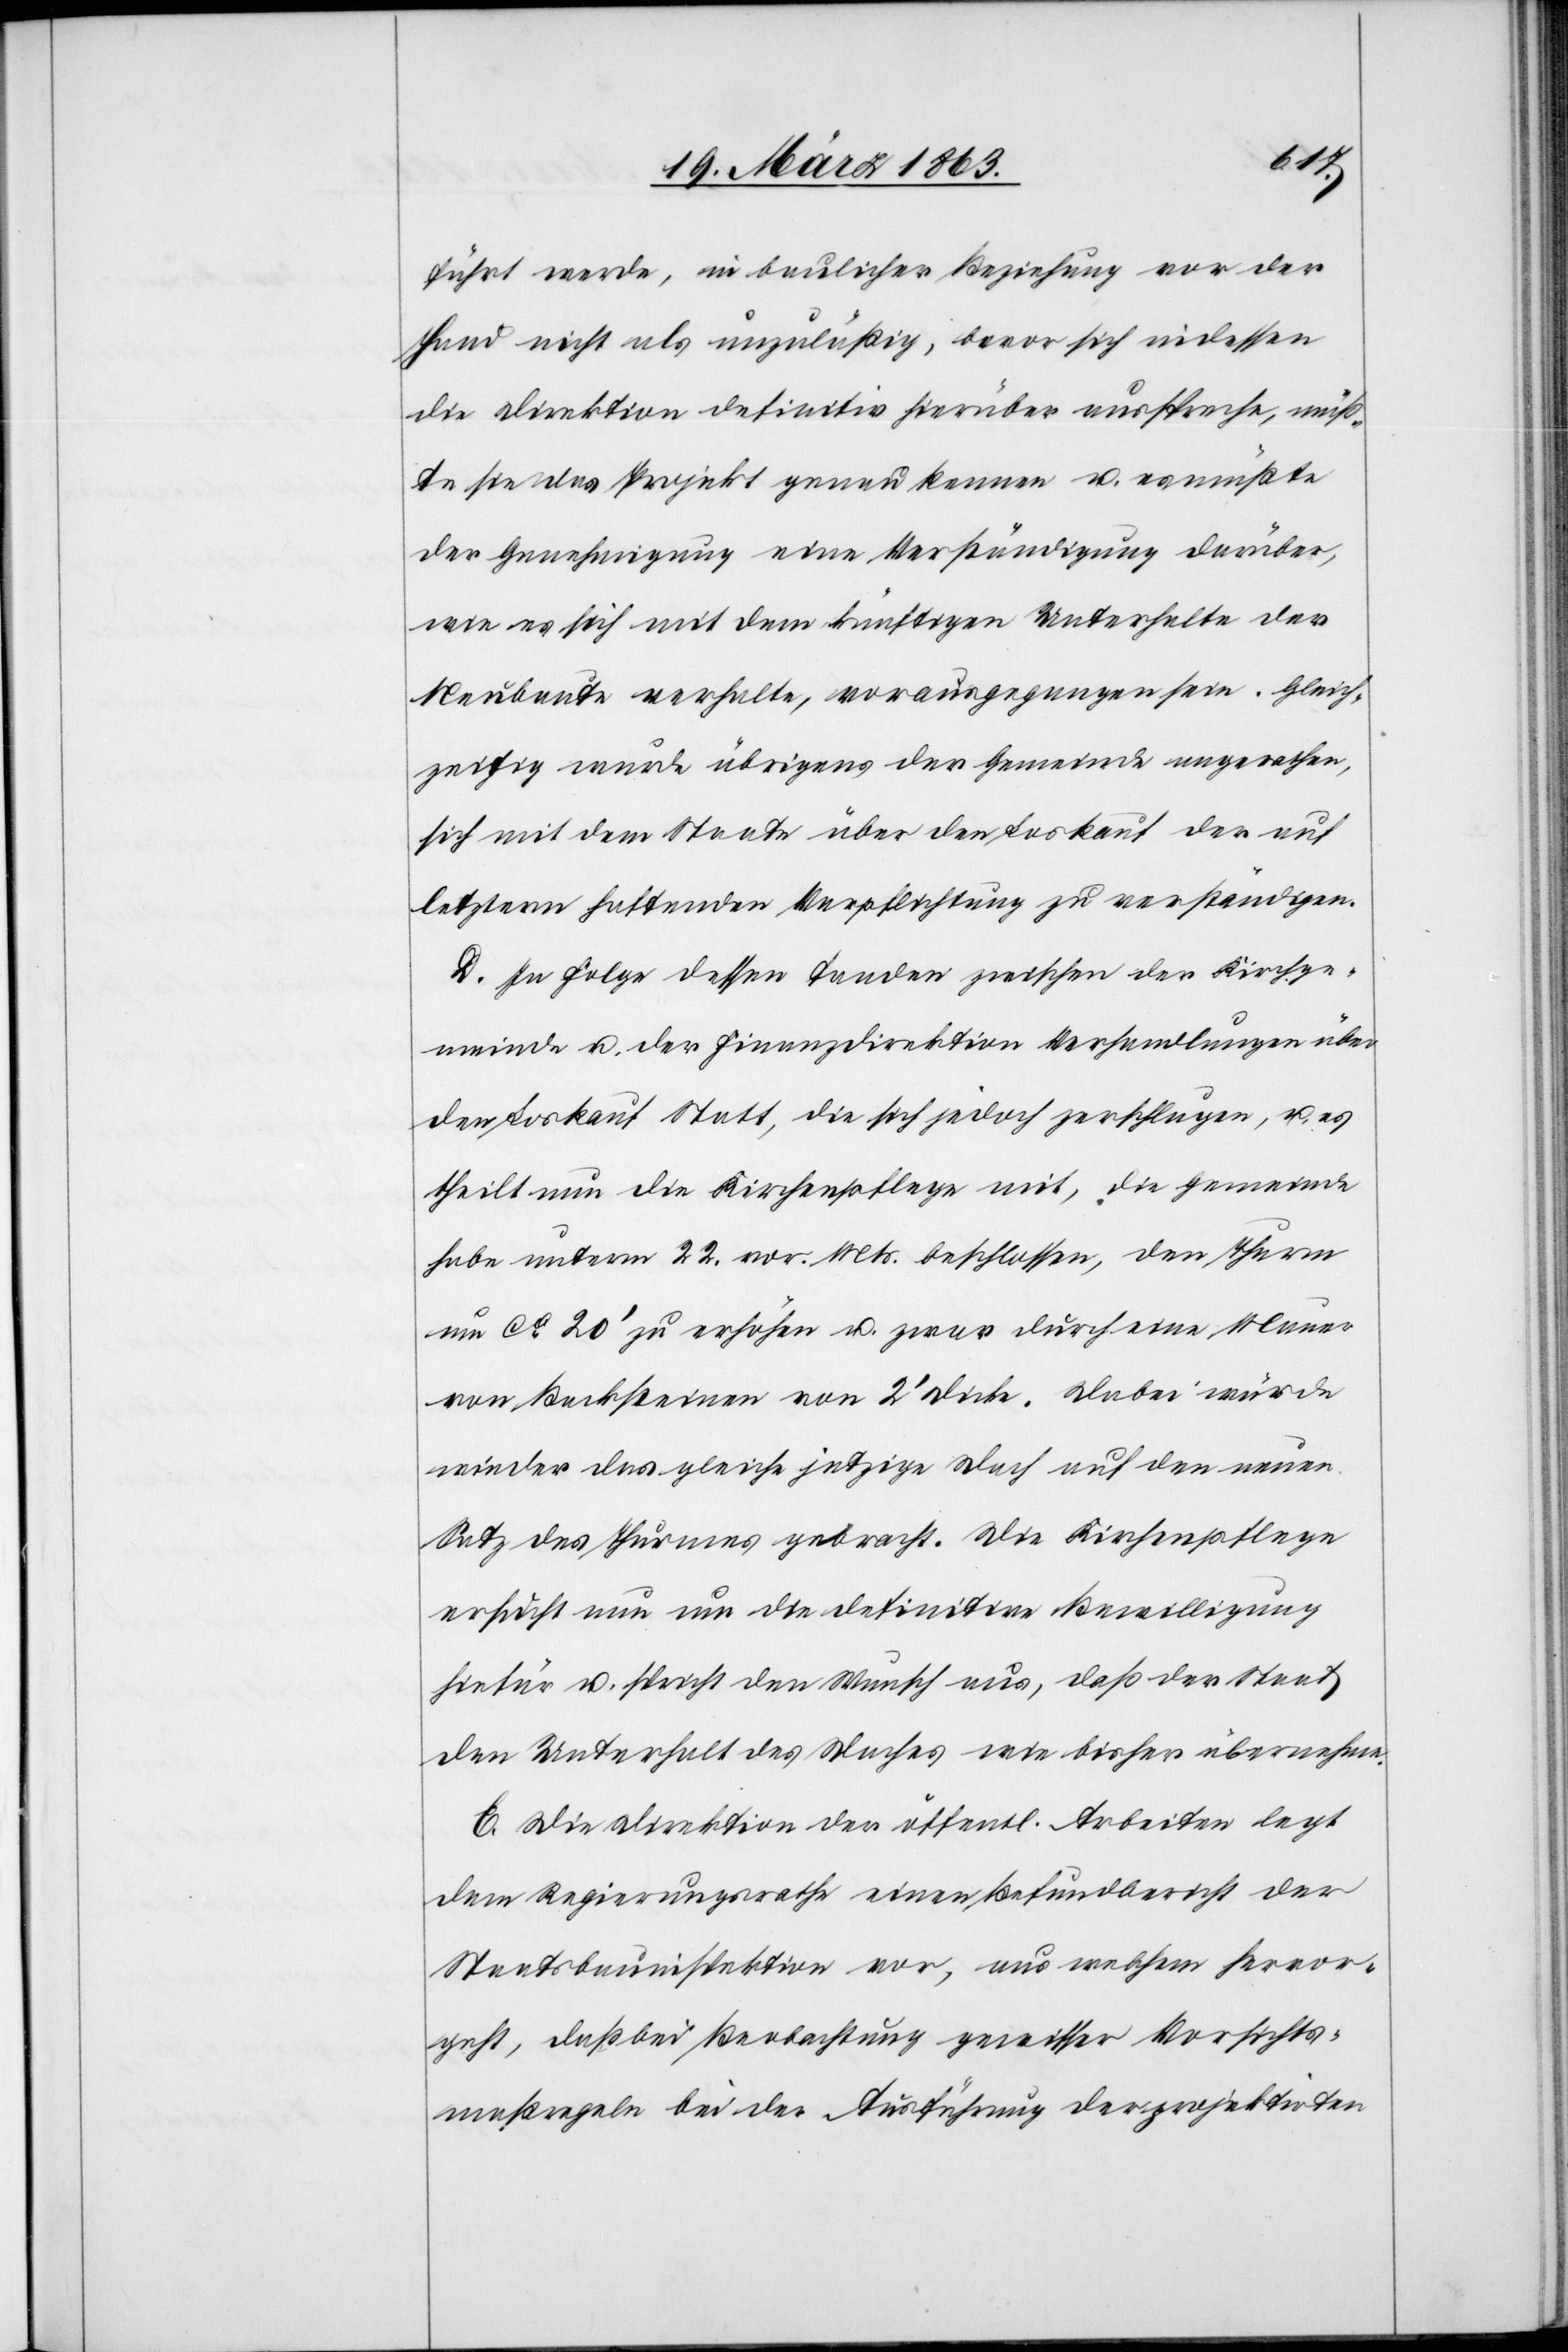
führt werde, in baulicher Beziehung vor der
Hand nicht als unzuläßig, bevor sich indessen
die Direktion definitiv hierüber ausspreche, müßt¬
e sie das Projekt genau kennen u. es müßte
der Genehmigung eine Verständigung darüber,
wie es sich mit dem künftigen Unterhalte der
Neubaute verhalte, vorausgegangen sein. Gleich¬
zeitig wurde übrigens der Gemeinde angerathen,
sich mit dem Staate über den Loskauf der auf
letzterm haftenden Verpflichtung zu verständigen.
D. In Folge dessen fanden zwischen der Kirchge¬
meinde u. der Finanzdirektion Verhandlungen über
den Loskauf Statt, die sich jedoch zerschlugen, u. es
theilt nun die Kirchenpflege mit, die Gemeinde
habe unterm 22. vor. Mts. beschlossen, den Thurm
um ca 20' zu erhöhen u. zwar durch eine Mauer
von Backsteinen von 2' Dicke. Dabei würde
wieder das gleiche jetzige Dach auf den neuen
Satz des Thurmes gebracht. Die Kirchenpflege
ersucht nun um die definitive Bewilligung
hiefür u. spricht den Wunsch aus, daß der Staat
den Unterhalt des Daches wie bisher übernehme.
E. Die Direktion der öffentl. Arbeiten legt
dem Regierungsrathe einen Befundbericht der
Staatsbauinspektion vor, aus welchem hervor¬
geht, daß bei Beobachtung gewisser Vorsichts¬
maßregeln bei der Ausführung der projektirten